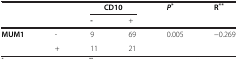
<table><thead><tr><td><b> </b></td><td><b> </b></td><td colspan="2"><b>CD10</b></td><td><b><i>P</i><sup>*</sup></b></td><td><b>R<sup>**</sup></b></td></tr><tr><td><b> </b></td><td><b> </b></td><td><b>-</b></td><td><b>+</b></td><td><b> </b></td><td><b> </b></td></tr></thead><tbody><tr><td><b>MUM1</b></td><td>-</td><td>9</td><td>69</td><td>0.005</td><td>-0.269</td></tr><tr><td> </td><td>+</td><td>11</td><td>21</td><td> </td><td> </td></tr></tbody></table>